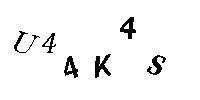
U44K4S